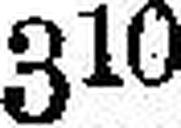
310